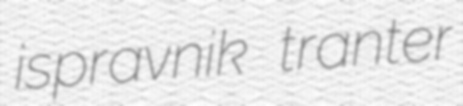
ispravnik tranter